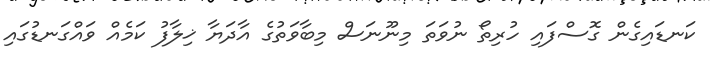
ކަނޑައިގެން ގޮސްފައި ހުރިތޯ ނުވަތަ މިނޫނަސް މިބާވަތުގެ އާދަޔާ ޚިލާފު ކަމެއް ވައްގަނޑުގައި